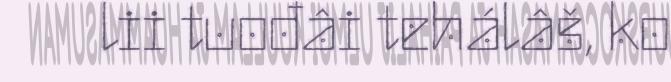
lii tuođâi tehálâš, ko